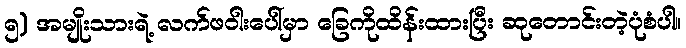
၅) အမျိုးသားရဲ့ လက်ဖဝါးပေါ်မှာ ခြေကိုထိန်းထားပြီး ဆုတောင်းတဲ့ပုံစံပါ။